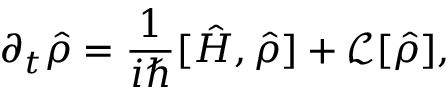
\partial _ { t } \hat { \rho } = \frac { 1 } { i \hbar } [ \hat { H } , \hat { \rho } ] + \mathcal { L } [ \hat { \rho } ] ,